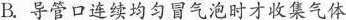
B.导管口连续均匀冒气泡时才收集气体